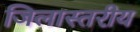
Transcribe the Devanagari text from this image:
जिलास्तरीय